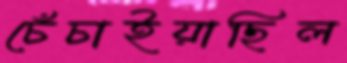
চেঁচাইয়াছিল